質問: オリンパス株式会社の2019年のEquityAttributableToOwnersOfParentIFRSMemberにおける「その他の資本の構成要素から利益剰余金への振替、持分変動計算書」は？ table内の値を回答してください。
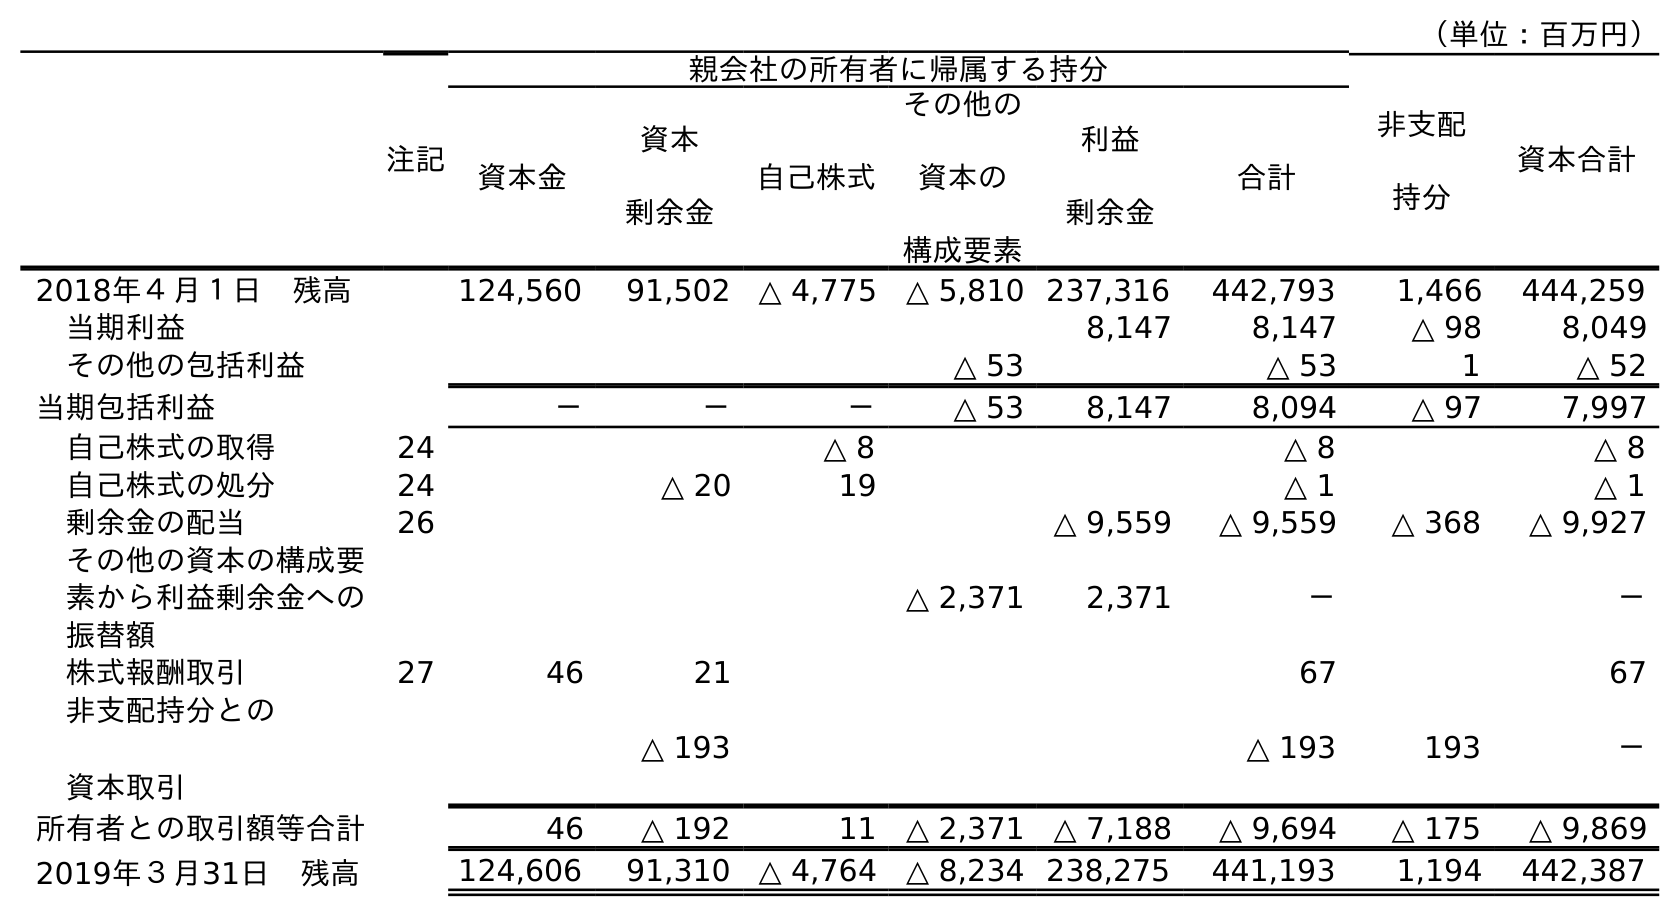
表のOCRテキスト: （単位：百万円） 注記 親会社の所有者に帰属する持分 非支配 持分 資本合計 資本金 資本 剰余金 自己株式 その他の 資本の 構成要素 利益 剰余金 合計 2018年４月１日 残高 124,560 91,502 △ 4,775 △ 5,810 237,316 442,793 1,466 444,259 当期利益 8,147 8,147 △ 98 8,049 その他の包括利益 △ 53 △ 53 1 △ 52 当期包括利益 － － － △ 53 8,147 8,094 △ 97 7,997 自己株式の取得 24 △ 8 △ 8 △ 8 自己株式の処分 24 △ 20 19 △ 1 △ 1 剰余金の配当 26 △ 9,559 △ 9,559 △ 368 △ 9,927 その他の資本の構成要 素から利益剰余金への 振替額 △ 2,371 2,371 － － 株式報酬取引 27 46 21 67 67 非支配持分との 資本取引 △ 193 △ 193 193 － 所有者との取引額等合計 46 △ 192 11 △ 2,371 △ 7,188 △ 9,694 △ 175 △ 9,869 2019年３月31日 残高 124,606 91,310 △ 4,764 △ 8,234 238,275 441,193 1,194 442,387
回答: －